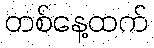
တစ်နေ့ထက်